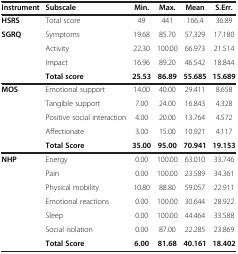
<table><thead><tr><td><b>Instrument</b></td><td><b>Subscale</b></td><td><b>Min.</b></td><td><b>Max.</b></td><td><b>Mean</b></td><td><b>S.Err.</b></td></tr></thead><tbody><tr><td><b>HSRS</b></td><td>Total score</td><td>49</td><td>441</td><td>166.4</td><td>36.89</td></tr><tr><td><b>SGRQ</b></td><td>Symptoms</td><td>19.68</td><td>85.70</td><td>57.329</td><td>17.180</td></tr><tr><td> </td><td>Activity</td><td>22.30</td><td>100.00</td><td>66.973</td><td>21.514</td></tr><tr><td> </td><td>Impact</td><td>16.96</td><td>89.20</td><td>46.542</td><td>18.844</td></tr><tr><td> </td><td><b>Total score</b></td><td><b>25.53</b></td><td><b>86.89</b></td><td><b>55.685</b></td><td><b>15.689</b></td></tr><tr><td><b>MOS</b></td><td>Emotional support</td><td>14.00</td><td>40.00</td><td>29.411</td><td>8.658</td></tr><tr><td> </td><td>Tangible support</td><td>7.00</td><td>24.00</td><td>16.843</td><td>4.328</td></tr><tr><td> </td><td>Positive social interaction</td><td>4.00</td><td>20.00</td><td>13.764</td><td>4.572</td></tr><tr><td> </td><td>Affectionate</td><td>3.00</td><td>15.00</td><td>10.921</td><td>4.117</td></tr><tr><td> </td><td><b>Total Score</b></td><td><b>35.00</b></td><td><b>95.00</b></td><td><b>70.941</b></td><td><b>19.153</b></td></tr><tr><td><b>NHP</b></td><td>Energy</td><td>0.00</td><td>100.00</td><td>63.010</td><td>33.746</td></tr><tr><td> </td><td>Pain</td><td>0.00</td><td>100.00</td><td>23.589</td><td>34.361</td></tr><tr><td> </td><td>Physical mobility</td><td>10.80</td><td>88.80</td><td>59.057</td><td>22.911</td></tr><tr><td> </td><td>Emotional reactions</td><td>0.00</td><td>100.00</td><td>30.644</td><td>28.922</td></tr><tr><td> </td><td>Sleep</td><td>0.00</td><td>100.00</td><td>44.464</td><td>33.588</td></tr><tr><td> </td><td>Social isolation</td><td>0.00</td><td>87.00</td><td>22.285</td><td>23.869</td></tr><tr><td> </td><td><b>Total Score</b></td><td><b>6.00</b></td><td><b>81.68</b></td><td><b>40.161</b></td><td><b>18.402</b></td></tr></tbody></table>